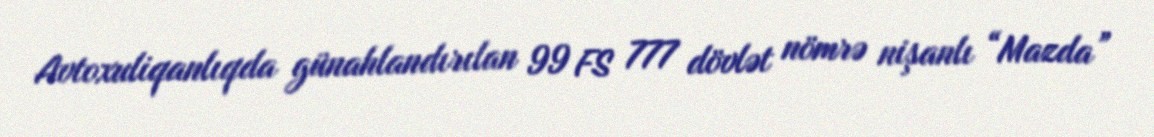
Avtoxuliqanlıqda günahlandırılan 99 FS 777 dövlət nömrə nişanlı “Mazda”